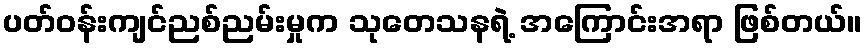
ပတ်ဝန်းကျင်ညစ်ညမ်းမှုက သုတေသနရဲ့ အကြောင်းအရာ ဖြစ်တယ်။